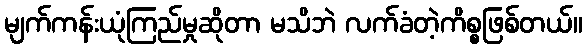
မျက်ကန်းယုံကြည်မှုဆိုတာ မသိဘဲ လက်ခံတဲ့ကိစ္စဖြစ်တယ်။